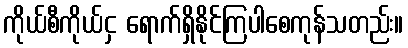
ကိုယ်စီကိုယ်ငှ ရောက်ရှိနိုင်ကြပါစေကုန်သတည်း။